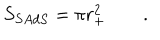
LaTeX: S _ { S A d S } = \pi r _ { + } ^ { 2 } \qquad .